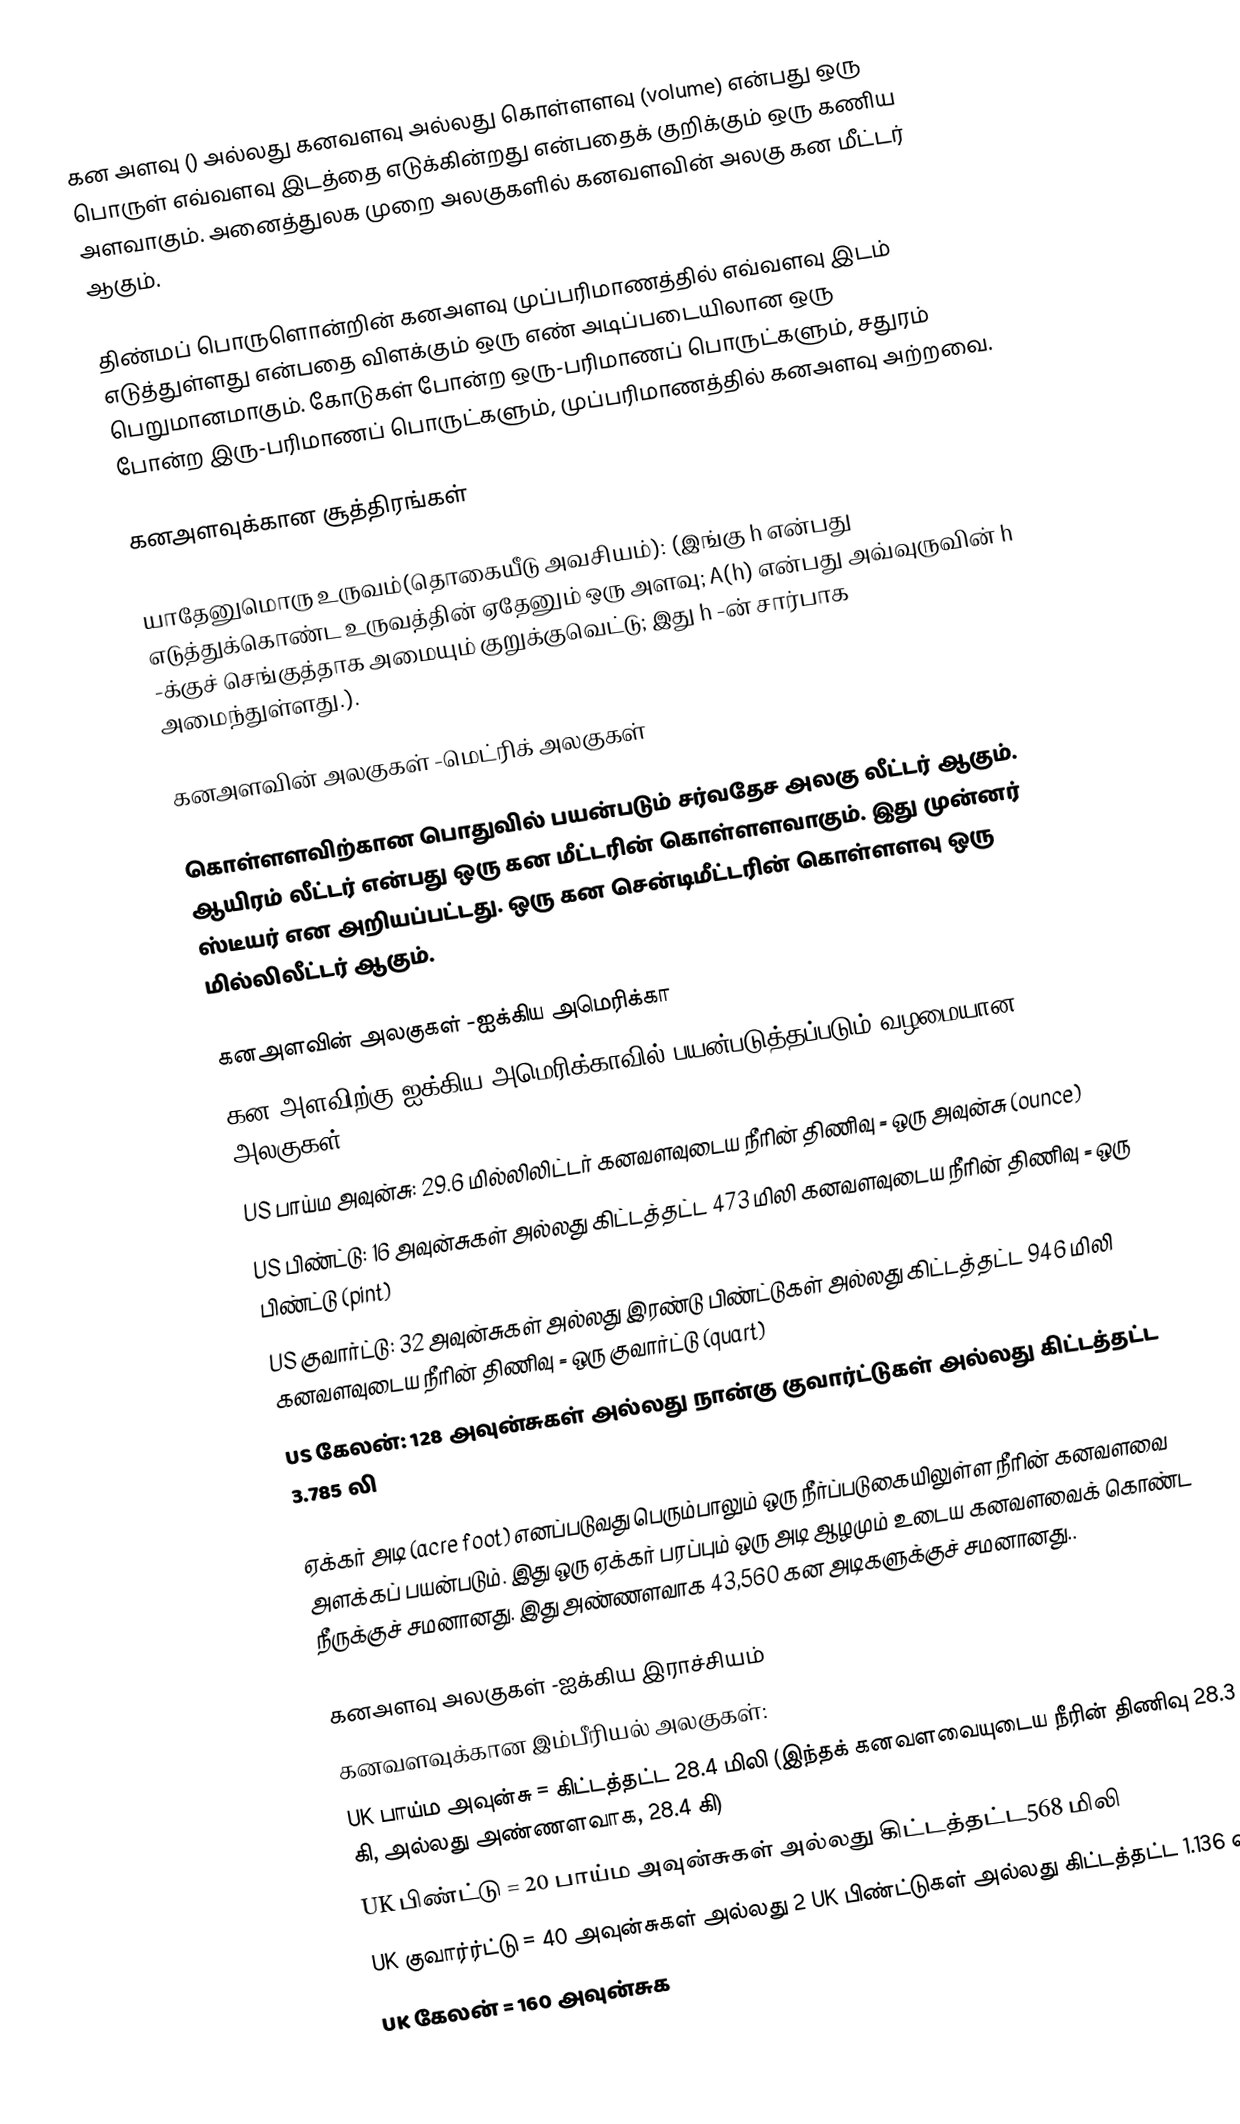
கன அளவு () அல்லது கனவளவு அல்லது கொள்ளளவு (volume) என்பது ஒரு பொருள் எவ்வளவு இடத்தை எடுக்கின்றது என்பதைக் குறிக்கும் ஒரு கணிய அளவாகும். அனைத்துலக முறை அலகுகளில் கனவளவின் அலகு கன மீட்டர் ஆகும்.

திண்மப் பொருளொன்றின் கனஅளவு முப்பரிமாணத்தில் எவ்வளவு இடம் எடுத்துள்ளது என்பதை விளக்கும் ஒரு எண் அடிப்படையிலான ஒரு பெறுமானமாகும். கோடுகள் போன்ற ஒரு-பரிமாணப் பொருட்களும், சதுரம் போன்ற இரு-பரிமாணப் பொருட்களும், முப்பரிமாணத்தில் கனஅளவு அற்றவை.

கனஅளவுக்கான சூத்திரங்கள்

யாதேனுமொரு உருவம்(தொகையீடு அவசியம்): (இங்கு h என்பது எடுத்துக்கொண்ட உருவத்தின் ஏதேனும் ஒரு அளவு; A(h) என்பது அவ்வுருவின் h -க்குச் செங்குத்தாக அமையும் குறுக்குவெட்டு; இது  h -ன் சார்பாக அமைந்துள்ளது.).

கனஅளவின் அலகுகள்  -மெட்ரிக் அலகுகள்

கொள்ளளவிற்கான பொதுவில் பயன்படும் சர்வதேச அலகு லீட்டர் ஆகும். ஆயிரம் லீட்டர் என்பது ஒரு கன மீட்டரின் கொள்ளளவாகும். இது முன்னர் ஸ்டீயர் என அறியப்பட்டது. ஒரு கன சென்டிமீட்டரின் கொள்ளளவு ஒரு மில்லிலீட்டர் ஆகும்.

கனஅளவின் அலகுகள் -ஐக்கிய அமெரிக்கா
கன அளவிற்கு ஐக்கிய அமெரிக்காவில் பயன்படுத்தப்படும் வழமையான அலகுகள்:
 US பாய்ம அவுன்சு:  29.6 மில்லிலிட்டர் கனவளவுடைய நீரின் திணிவு = ஒரு அவுன்சு (ounce)
 US பிண்ட்டு: 16 அவுன்சுகள் அல்லது கிட்டத்தட்ட 473 மிலி கனவளவுடைய நீரின் திணிவு = ஒரு பிண்ட்டு (pint)
 US குவார்ட்டு: 32 அவுன்சுகள் அல்லது இரண்டு பிண்ட்டுகள் அல்லது கிட்டத்தட்ட 946 மிலி கனவளவுடைய நீரின் திணிவு = ஒரு குவார்ட்டு (quart)
 US கேலன்:  128 அவுன்சுகள் அல்லது நான்கு குவார்ட்டுகள் அல்லது கிட்டத்தட்ட 3.785 லி

 ஏக்கர் அடி  (acre foot) எனப்படுவது பெரும்பாலும் ஒரு நீர்ப்படுகையிலுள்ள நீரின் கனவளவை அளக்கப் பயன்படும். இது ஒரு ஏக்கர் பரப்பும் ஒரு அடி ஆழமும் உடைய கனவளவைக் கொண்ட நீருக்குச் சமனானது. இது அண்ணளவாக 43,560 கன அடிகளுக்குச் சமனானது..

கனஅளவு அலகுகள்  -ஐக்கிய இராச்சியம்
கனவளவுக்கான இம்பீரியல் அலகுகள்:
 UK பாய்ம அவுன்சு = கிட்டத்தட்ட 28.4 மிலி (இந்தக் கனவளவையுடைய நீரின் திணிவு 28.3 கி, அல்லது அண்ணளவாக, 28.4 கி)
 UK பிண்ட்டு = 20 பாய்ம அவுன்சுகள் அல்லது கிட்டத்தட்ட568 மிலி
 UK குவார்ர்ட்டு = 40 அவுன்சுகள் அல்லது 2 UK பிண்ட்டுகள் அல்லது கிட்டத்தட்ட 1.136 லி
 UK கேலன் = 160 அவுன்சுக